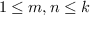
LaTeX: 1 \leq m , n \leq k